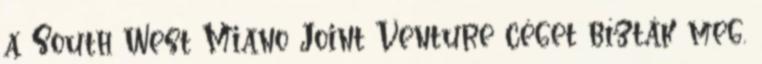
a South West Miano Joint Venture céget bízták meg.